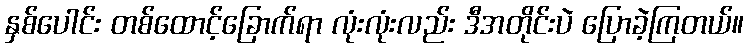
နှစ်ပေါင်း တစ်ထောင့်ခြောက်ရာ လုံးလုံးလည်း ဒီအတိုင်းပဲ ပြောခဲ့ကြတယ်။